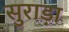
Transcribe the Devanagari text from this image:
सुराड़ा